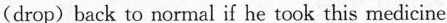
(drop)back to normal if he took this medicine